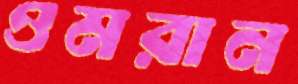
ওমরান